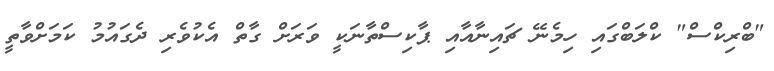
"ބްރިކްސް" ކްލަބްގައި ހިމެނޭ ޗައިނާއާއި ޕާކިސްތާނަކީ ވަރަށް ގާތް އެކުވެރި ދެގައުމު ކަމަށްވާތީ